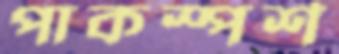
পাকস্পর্শ